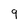
Character: 9